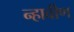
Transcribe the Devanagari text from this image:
न्हावीण